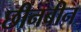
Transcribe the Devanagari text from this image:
छीनबीन